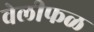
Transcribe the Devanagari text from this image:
वेलीफळ